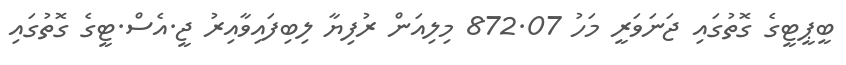
ބީޕީޓީގެ ގޮތުގައި ޖަނަވަރީ މަހު 872.07 މިލިއަން ރުފިޔާ ލިބިފައިވާއިރު ޖީ.އެސް.ޓީގެ ގޮތުގައި